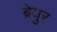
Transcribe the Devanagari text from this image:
ब्रेयुर